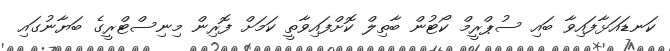
ކަނޑައަޅާފައިވާ ބައި ސުޕްރީމް ކޯޓުން ބާތިލް ކޮށްފައިވާތީ ކަމަށް ފޮރިން މިނިސްޓްރީގެ ބަޔާނުގައި